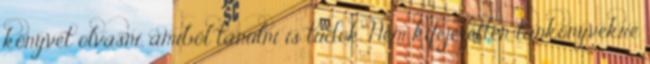
könyvet olvasni, amiből tanulni is tudok. Nem kifejezetten tankönyvekre